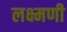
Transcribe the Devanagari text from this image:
लक्ष्मणी